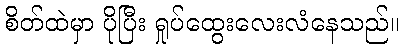
စိတ်ထဲမှာ ပိုပြီး ရှုပ်ထွေးလေးလံနေသည်။